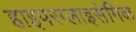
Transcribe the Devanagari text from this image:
हाइपरग्लाइसेमिक